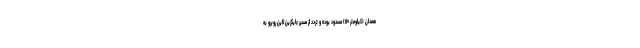
همدان (کیلومتر ۱۱۰) مسدود بوده و تردد از مسیر جایگزین لاین روبرو به